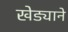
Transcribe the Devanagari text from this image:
खेड्याने